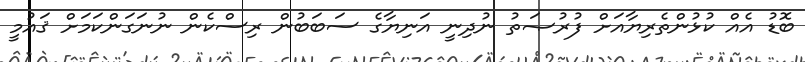
ބޮޑު އެއް ކުޅުންތެރިޔާއަށް ފުރުޞަތު ނުދިނީ އަނިޔާގެ ސަބަބުން ރިސްކެން ނުނަގަންކަމަށް ޤައުމީ